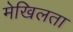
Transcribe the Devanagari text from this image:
मेखिलता